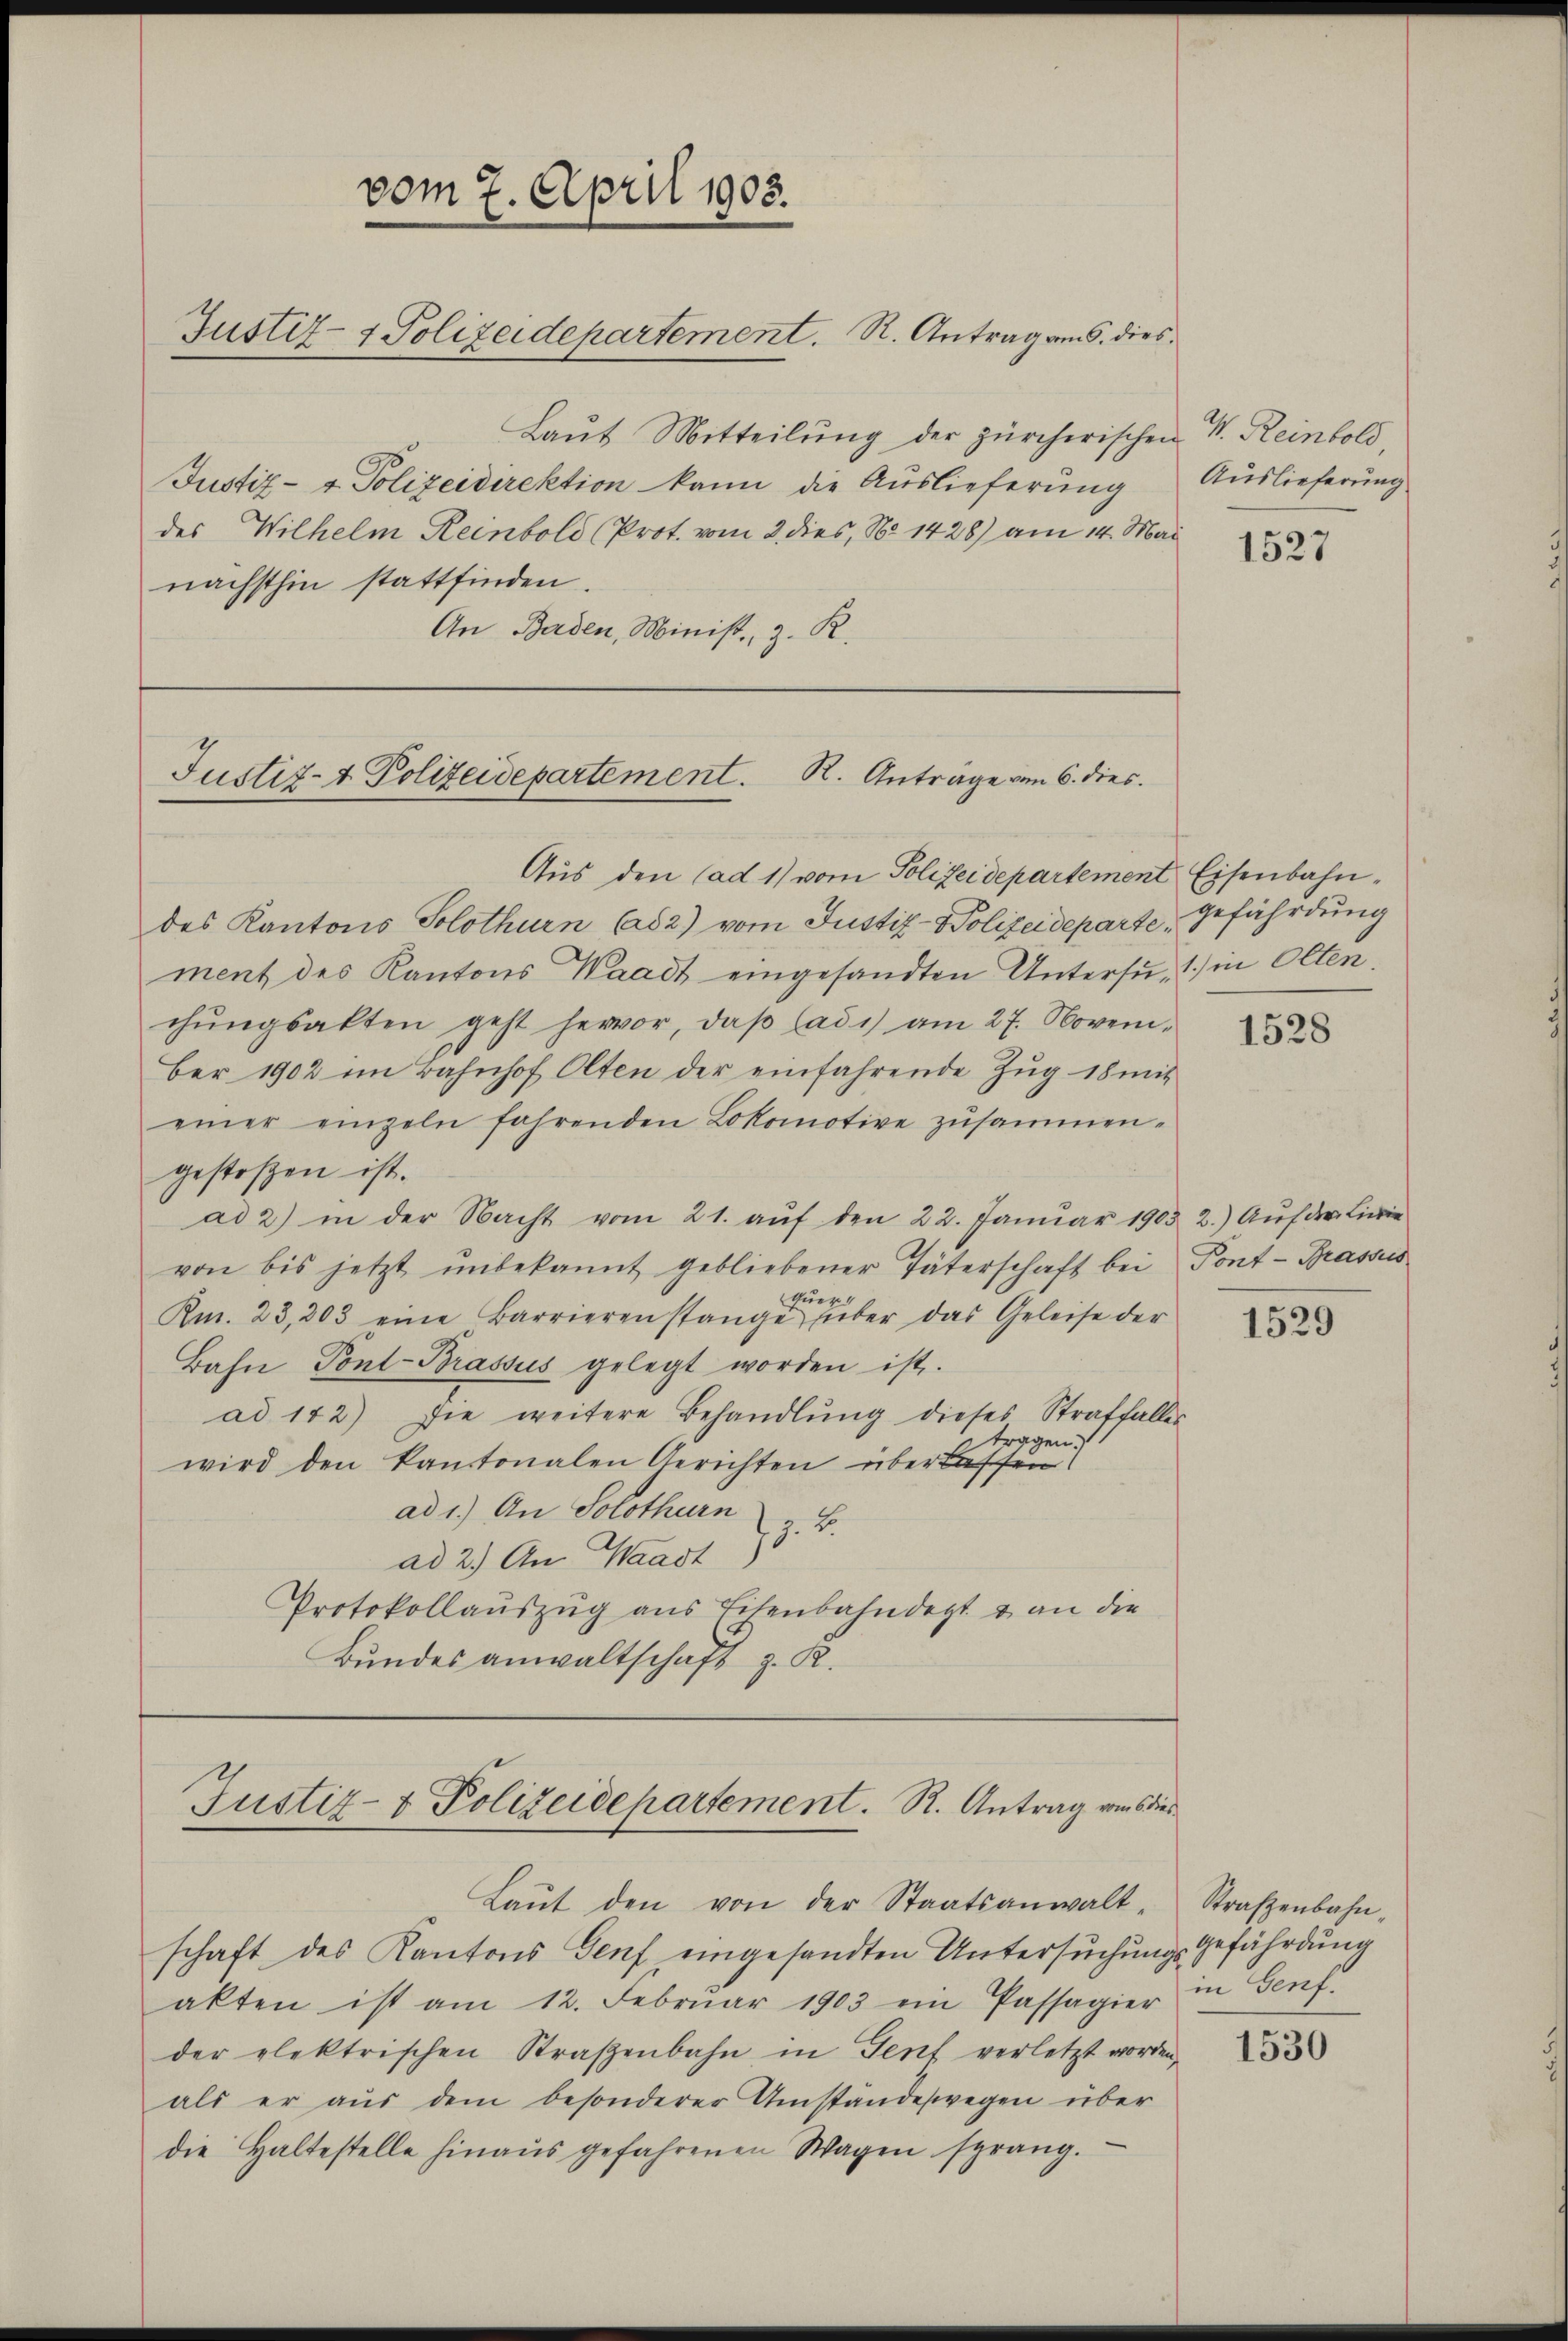
Laut Mitteilung der zürcherischen V. Reinbold
Justiz- & Polizeidirektion kann die Auslieferung
des Wilhelm Reinbold (Prot. vom 2. dies, No 1428) am 14. Mai
nächsthin stattfinden.
An Borden, Minist, z. R.

vom 7. April 1905.
Justiz- & Polizeidepartement. S. Antrag am 5. dies

Justiz- & Polizeidepartement. R. Anträge vom 6. dies

Aus den (ad 1) vom Polizeidepartement Eisenbahndes Kantons Solothurn (ad 2) vom Justiz-Polizeidepartement des Kantons Waadt eingesandten Untersu- 1) in Olten.
chŭngsalten geht hervor, daβ Cadi) am 27. November 1902 im Bahnhof Olten der einfahrende Zŭg 18 mit
einer einzeln fahrenden Lokomotive zusammen-
gestoßen ist.
ad 2) in der Nacht vom 21. aŭf den 22. Janŭar 1903 2.) Aŭf der Linie
von bis jetzt ŭnbekannt gebliebener Täterschaft bei Pont-Brassis
tuer
Rm. 23,203 eine Barrieren stange über das Geleise der
Bahn Pont-Brassus gelegt worden ist.
ad 142) Die weitere Behandlŭng dieses Straffalles
ragen.
wird den kantonalen Gerichten überlassen
ad 1.) An Solothurn
ad 2.) An Waadt 13. B.
Protokollauszug aus Eisenbahndet & an die
Bundesanwaltschaft z. K.

Justiz- & Polizeidepartement. R. Antrag vons dies

Laŭt den von der Staatsanwalt-
schaft des Kantons Genf eingesandten Untersuchungsgefährdung
akten ist am 12. Febrŭar 1903 ein Passagier in Genf.
der elektrischen Straßenbahn in Genf verletzt worden,
als er aŭs dem besonderer Umständeswegen über
die Haltestelle hinaŭs gefahrenen Wagen sprang.

Auslieferung

1527

gefährdung

1528

1529

Straßenbahn,

1530